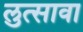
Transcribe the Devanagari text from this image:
लुत्सावा